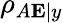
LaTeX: \rho_{A\mathbf{E}|y}